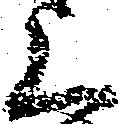
上